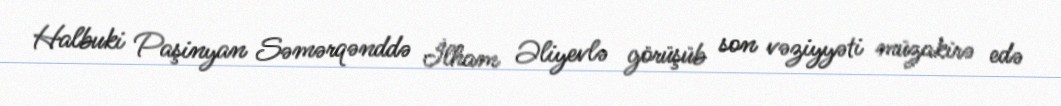
Halbuki Paşinyan Səmərqənddə İlham Əliyevlə görüşüb son vəziyyəti müzakirə edə